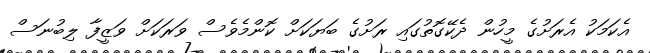
އެކަމަކު އެރަށުގެ މީހުން ދެކޭގޮތުގައި ރަށުގެ ބަޔަކަށް ކޮންމެވެސް ވަރަކަށް ވަޒީފާ ލިބުނަސް